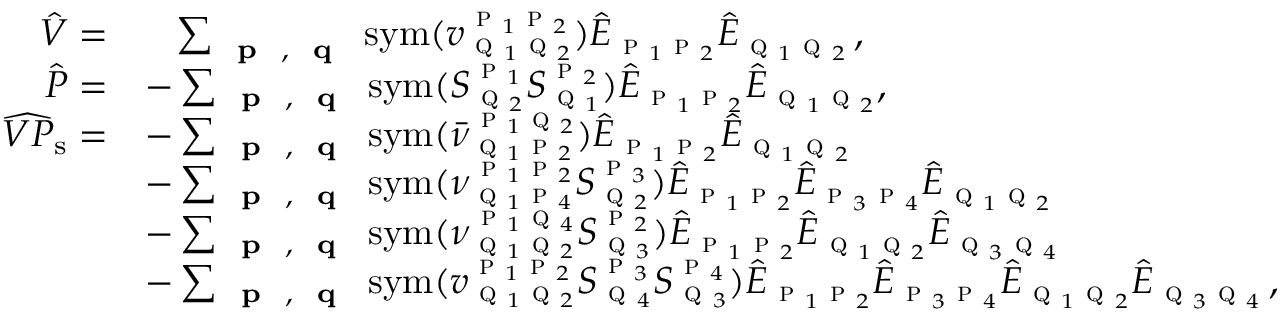
\begin{array} { r l } { \hat { V } = } & { \; \; \; \sum _ { \textbf { \textsc { p } } , \textbf { \textsc { q } } } \mathrm { s y m } ( v _ { \textsc { q } _ { 1 } \textsc { q } _ { 2 } } ^ { \textsc { p } _ { 1 } \textsc { p } _ { 2 } } ) \hat { E } _ { \textsc { p } _ { 1 } \textsc { p } _ { 2 } } \hat { E } _ { \textsc { q } _ { 1 } \textsc { q } _ { 2 } } \, , } \\ { \hat { P } = } & { - \sum _ { \substack { \textbf { \textsc { p } } , \textbf { \textsc { q } } } } \mathrm { s y m } ( S _ { \textsc { q } _ { 2 } } ^ { \textsc { p } _ { 1 } } S _ { \textsc { q } _ { 1 } } ^ { \textsc { p } _ { 2 } } ) \hat { E } _ { \textsc { p } _ { 1 } \textsc { p } _ { 2 } } \hat { E } _ { \textsc { q } _ { 1 } \textsc { q } _ { 2 } } , \, } \\ { \widehat { V P } _ { \mathrm { s } } = } & { - \sum _ { \substack { \textbf { \textsc { p } } , \textbf { \textsc { q } } } } \mathrm { s y m } ( \bar { \nu } _ { \textsc { q } _ { 1 } \textsc { p } _ { 2 } } ^ { \textsc { p } _ { 1 } \textsc { q } _ { 2 } } ) \hat { E } _ { \textsc { p } _ { 1 } \textsc { p } _ { 2 } } \hat { E } _ { \textsc { q } _ { 1 } \textsc { q } _ { 2 } } } \\ & { - \sum _ { \substack { \textbf { \textsc { p } } , \textbf { \textsc { q } } } } \mathrm { s y m } ( \nu _ { \textsc { q } _ { 1 } \textsc { p } _ { 4 } } ^ { \textsc { p } _ { 1 } \textsc { p } _ { 2 } } S _ { \textsc { q } _ { 2 } } ^ { \textsc { p } _ { 3 } } ) \hat { E } _ { \textsc { p } _ { 1 } \textsc { p } _ { 2 } } \hat { E } _ { \textsc { p } _ { 3 } \textsc { p } _ { 4 } } \hat { E } _ { \textsc { q } _ { 1 } \textsc { q } _ { 2 } } } \\ & { - \sum _ { \substack { \textbf { \textsc { p } } , \textbf { \textsc { q } } } } \mathrm { s y m } ( \nu _ { \textsc { q } _ { 1 } \textsc { q } _ { 2 } } ^ { \textsc { p } _ { 1 } \textsc { q } _ { 4 } } S _ { \textsc { q } _ { 3 } } ^ { \textsc { p } _ { 2 } } ) \hat { E } _ { \textsc { p } _ { 1 } \textsc { p } _ { 2 } } \hat { E } _ { \textsc { q } _ { 1 } \textsc { q } _ { 2 } } \hat { E } _ { \textsc { q } _ { 3 } \textsc { q } _ { 4 } } } \\ & { - \sum _ { \substack { \textbf { \textsc { p } } , \textbf { \textsc { q } } } } \mathrm { s y m } ( v _ { \textsc { q } _ { 1 } \textsc { q } _ { 2 } } ^ { \textsc { p } _ { 1 } \textsc { p } _ { 2 } } S _ { \textsc { q } _ { 4 } } ^ { \textsc { p } _ { 3 } } S _ { \textsc { q } _ { 3 } } ^ { \textsc { p } _ { 4 } } ) \hat { E } _ { \textsc { p } _ { 1 } \textsc { p } _ { 2 } } \hat { E } _ { \textsc { p } _ { 3 } \textsc { p } _ { 4 } } \hat { E } _ { \textsc { q } _ { 1 } \textsc { q } _ { 2 } } \hat { E } _ { \textsc { q } _ { 3 } \textsc { q } _ { 4 } } \, , } \end{array}